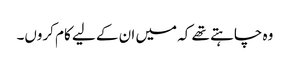
وہ چاہتے تھے کہ میں ان کے لیے کام کروں۔